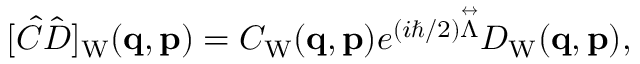
\begin{array} { r } { [ \hat { C } \hat { D } ] _ { \mathrm { W } } ( \ensuremath { \mathbf { q } } , \ensuremath { \mathbf { p } } ) = C _ { \mathrm { W } } ( \ensuremath { \mathbf { q } } , \ensuremath { \mathbf { p } } ) e ^ { ( i \hbar / 2 ) \overset \leftrightarrow { \Lambda } } D _ { \mathrm { W } } ( \ensuremath { \mathbf { q } } , \ensuremath { \mathbf { p } } ) , } \end{array}